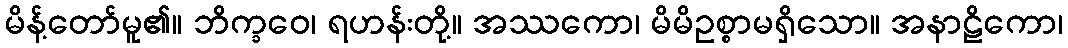
မိန့်တော်မူ၏။ ဘိက္ခဝေ၊ ရဟန်းတို့။ အဿကော၊ မိမိဥစ္စာမရှိသော။ အနာဠိကော၊